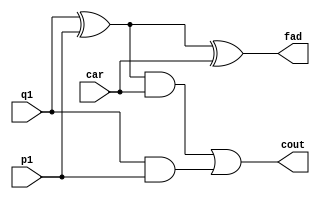
`timescale 1ns / 1ps
//////////////////////////////////////////////////////////////////////////////////
// Company: 
// Engineer: 
// 
// Design Name: 
// Module Name: fulladd
// Project Name: 
// Target Devices: 
// Tool Versions: 
// Description: 
// 
// Dependencies: 
// 
// Revision:
// Revision 0.01 - File Created
// Additional Comments:
// 
//////////////////////////////////////////////////////////////////////////////////


module fulladd(q1,p1,fad,car,cout);
input q1,p1,car;
output fad,cout;

wire w1= q1^p1;
xor (fad,w1,car);

wire a1= w1&car;
wire a2= q1&p1;

or(cout,a1,a2);

endmodule